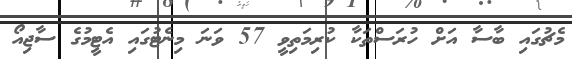
މެޗުގައި ބާސާ އަށް ހުރަސްތަކާ ކުރިމަތިވީ 57 ވަނަ މިނެޓުގައި އެޓީމުގެ ސާޖިއޯ